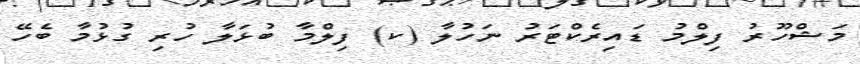
މަޝްހޫރު ފިލްމު ޑައިރެކްޓަރު ނަހުލާ (ކ) ފިލްމާ ބުޅަލާ ހުރި ގުޅުމާ ބެހޭ